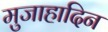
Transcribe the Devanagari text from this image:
मुजाहादिन